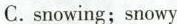
C.snowing;snowy